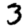
Digit: 3